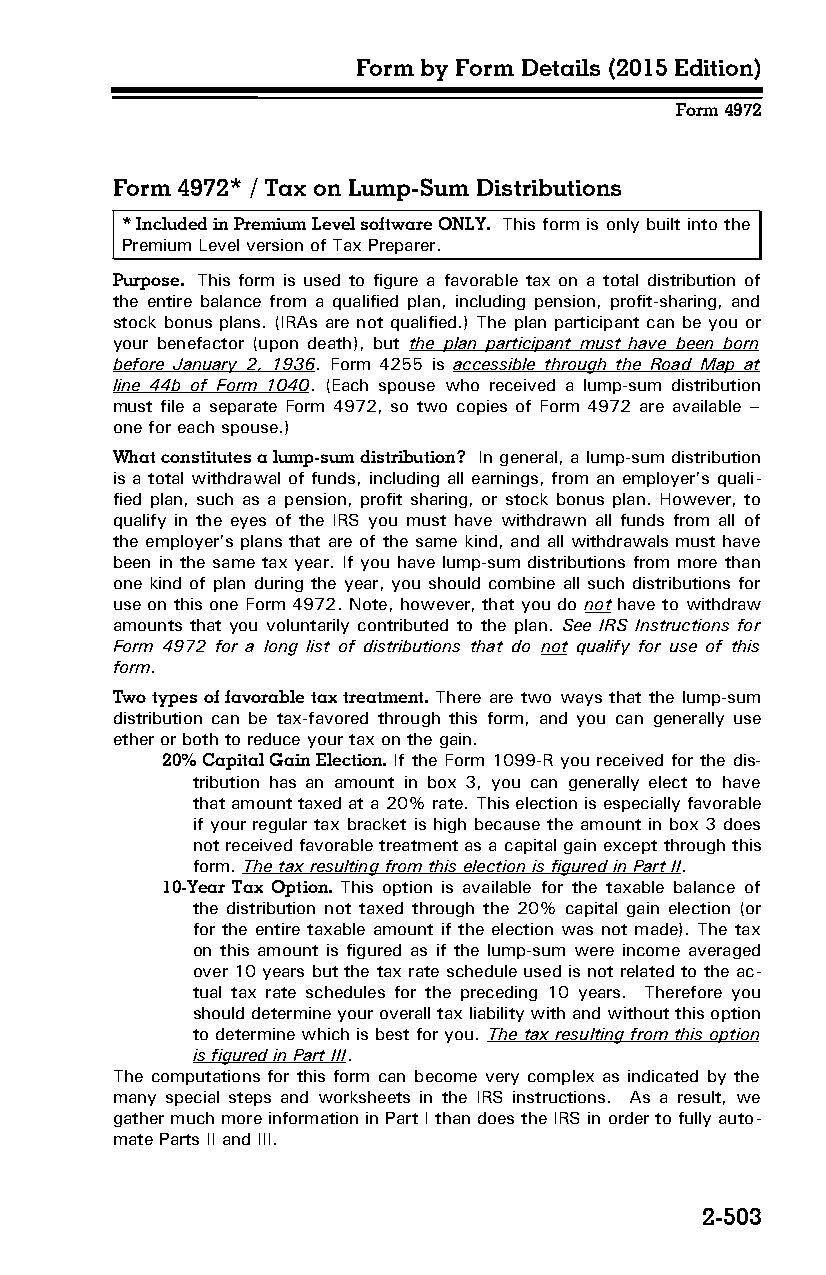
Form by Form Details (2015 Edition)
 Form 4972
 Form 4972* / Tax on Lump-Sum Distributions
 * Included in Premium Level software ONLY. This form is only built into the
 Premium Level version of Tax Preparer.
 Purpose. This form is used to figure a favorable tax on a total distribution of
 the entire balance from a qualified plan, including pension, profit-sharing, and
 stock bonus plans. (IRAs are not qualified.) The plan participant can be you or
 your benefactor (upon death), but the plan participant must have been born
 before January 2, 1936. Form 4255 is accessible through the Road Map at
 line 44b of Form 1040. (Each spouse who received a lump-sum distribution
 must file a separate Form 4972, so two copies of Form 4972 are available –
 one for each spouse.)
 What constitutes a lump-sum distribution? In general, a lump-sum distribution
 is a total withdrawal of funds, including all earnings, from an employer’s quali­
 fied plan, such as a pension, profit sharing, or stock bonus plan. However, to
 qualify in the eyes of the IRS you must have withdrawn all funds from all of
 the employer’s plans that are of the same kind, and all withdrawals must have
 been in the same tax year. If you have lump-sum distributions from more than
 one kind of plan during the year, you should combine all such distributions for
 use on this one Form 4972. Note, however, that you do not have to withdraw
 amounts that you voluntarily contributed to the plan. See IRS Instructions for
 Form 4972 for a long list of distributions that do not qualify for use of this
 form.
 Two types of favorable tax treatment. There are two ways that the lump-sum
 distribution can be tax-favored through this form, and you can generally use
 ether or both to reduce your tax on the gain.
 20% Capital Gain Election. If the Form 1099-R you received for the dis­
 tribution has an amount in box 3, you can generally elect to have
 that amount taxed at a 20% rate. This election is especially favorable
 if your regular tax bracket is high because the amount in box 3 does
 not received favorable treatment as a capital gain except through this
 form. The tax resulting from this election is figured in Part II.
 10-Year Tax Option. This option is available for the taxable balance of
 the distribution not taxed through the 20% capital gain election (or
 for the entire taxable amount if the election was not made). The tax
 on this amount is figured as if the lump-sum were income averaged
 over 10 years but the tax rate schedule used is not related to the ac­
 tual tax rate schedules for the preceding 10 years. Therefore you
 should determine your overall tax liability with and without this option
 to determine which is best for you. The tax resulting from this option
 is figured in Part III.
 The computations for this form can become very complex as indicated by the
 many special steps and worksheets in the IRS instructions. As a result, we
 gather much more information in Part I than does the IRS in order to fully auto­
 mate Parts II and III.
 2-503